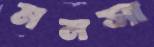
মনসা